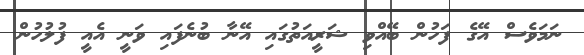
ނަމަވެސް އޭގެ ފަހުން ބޭއްވި ޝަރީއަތުގައި އޭނާ ބުނެފައި ވަނީ އެއީ ފުލުހުން